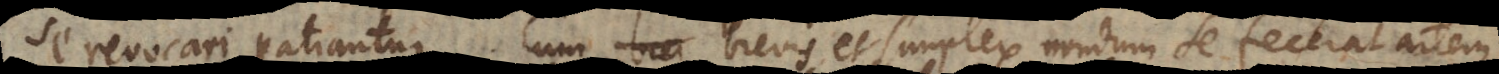
se revocari patiantur. Cum brevis et simplex nondum se fecerat artem